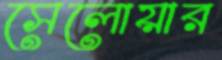
সেলোয়ার